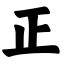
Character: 正